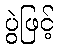
ပွဲဖြင့်